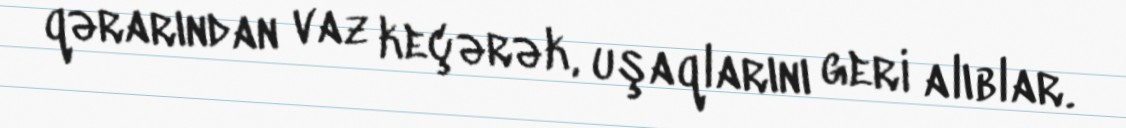
qərarından vaz keçərək, uşaqlarını geri alıblar.